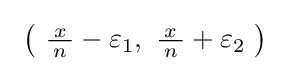
{\textstyle \ \left(\ {\frac {\!\ x\!\ }{n}}-\varepsilon _{1},\ {\frac {\!\ x\!\ }{n}}+\varepsilon _{2}\ \right)\ }